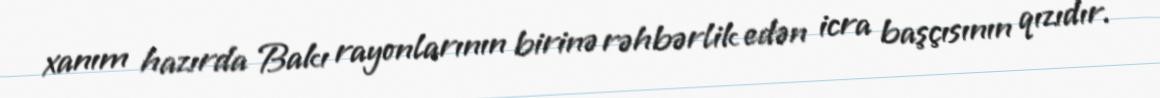
xanım hazırda Bakı rayonlarının birinə rəhbərlik edən icra başçısının qızıdır.